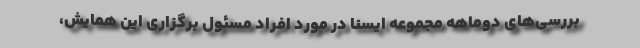
بررسی‌های دوماهه مجموعه ایسنا در مورد افراد مسئول برگزاری این همایش،